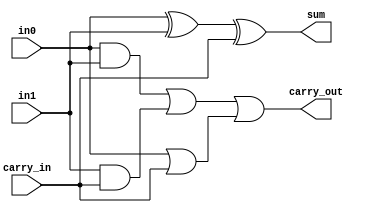
module full_adder(
    input in0,
    input in1,
    input carry_in,
    output sum,
    output carry_out
);

assign sum=in0 ^ in1 ^ carry_in;
assign carry_out=(in0&in1)|(in1&carry_in)|(in0|carry_in);



endmodule